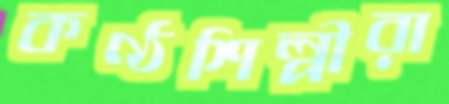
কণ্ঠশিল্পীরা